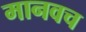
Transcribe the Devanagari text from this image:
मानवच